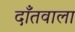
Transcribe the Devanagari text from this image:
दाँतवाला